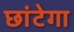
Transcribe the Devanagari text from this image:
छांटेगा